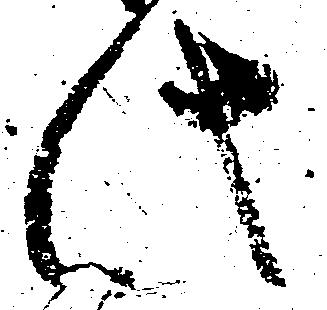
此